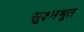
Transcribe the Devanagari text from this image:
सूक्ष्मभूत